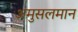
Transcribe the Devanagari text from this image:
अमुसलमान